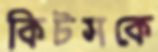
কিটসকে